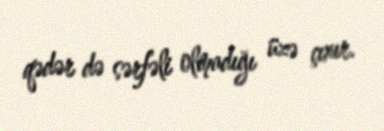
qədər də sərfəli olmadığı üzə çıxır.